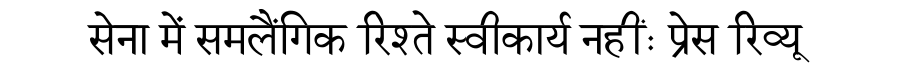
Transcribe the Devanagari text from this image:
सेना में समलैंगिक रिश्ते स्वीकार्य नहींः प्रेस रिव्यू